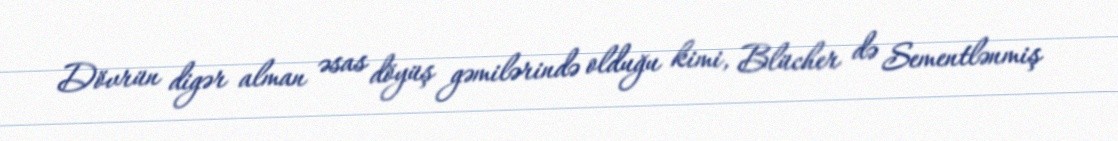
Dövrün digər alman əsas döyüş gəmilərində olduğu kimi, Blücher də Sementlənmiş